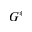
G ^ { * }